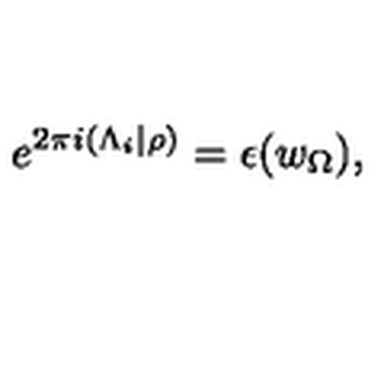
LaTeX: e ^ { 2 \pi i ( \Lambda _ { i } | \rho ) } = \epsilon ( w _ { \Omega } ) ,